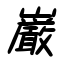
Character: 巌